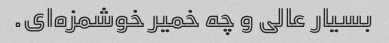
بسیار عالی و چه خمیر خوشمزه‌ای.